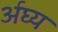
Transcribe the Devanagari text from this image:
र्अघ्य